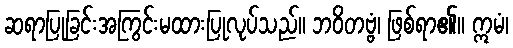
ဆရာပြုခြင်းအကြွင်းမထားပြုလုပ်သည်။ ဘဝိတဗ္ဗံ၊ ဖြစ်ရာ၏။ ဣမံ၊